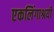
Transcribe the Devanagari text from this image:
एकलिंगाश्रयी